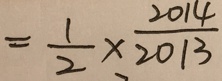
= \frac { 1 } { 2 } \times \frac { 2 0 1 4 } { 2 0 1 3 }